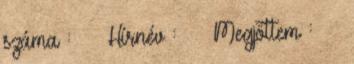
száma : ▪▪ Hírnév : ▪▪ Megjöttem : ▪▪